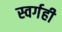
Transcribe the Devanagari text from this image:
स्वर्गही